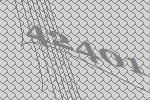
42401